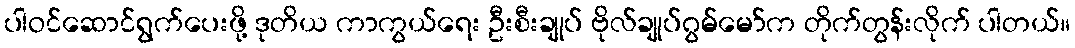
ပါဝင်ဆောင်ရွက်ပေးဖို့ ဒုတိယ ကာကွယ်ရေး ဦးစီးချုပ် ဗိုလ်ချုပ်ဂွမ်မော်က တိုက်တွန်းလိုက် ပါတယ်။